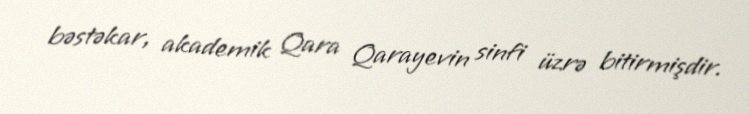
bəstəkar, akademik Qara Qarayevin sinfi üzrə bitirmişdir.